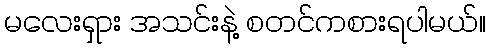
မလေးရှား အသင်းနဲ့ စတင်ကစားရပါမယ်။